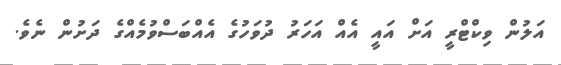
އަލުން ވިކްޓްރީ އަށް އައީ އެއް އަހަރު ދުވަހުގެ އެއްބަސްވުމެއްގެ ދަށުން ނެވެ.